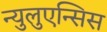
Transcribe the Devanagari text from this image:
न्युलुएन्सिस